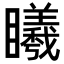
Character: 䂀